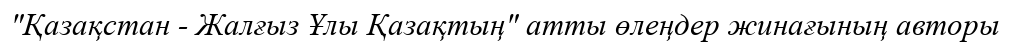
"Қазақстан - Жалғыз Ұлы Қазақтың" атты өлеңдер жинағының авторы